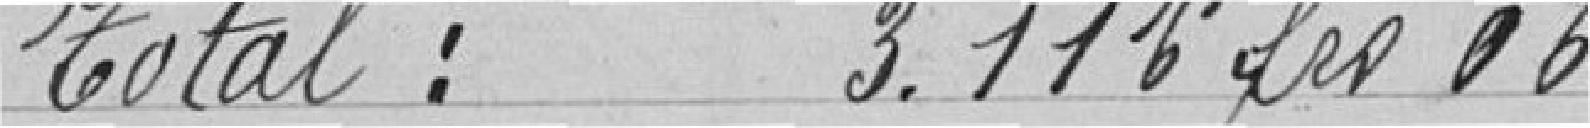
Total : 3.116 francs 06